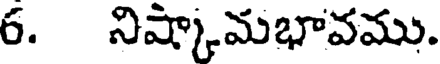
6. నిష్కామభావము.